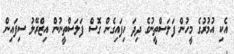
އެކި އުމުރުގެ މީހުން ފަލަސްތީނުގެ ދިދަ ހިފައިގެން ގޮސް ފަލަސްތީނުން އިޒްރޭލު ސިފައިން